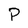
Character: P